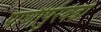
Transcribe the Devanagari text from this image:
पाणीपुरवढा